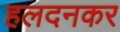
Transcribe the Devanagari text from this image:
हलदनकर